Physiological action of certain drugs in tablet form - Number 52A
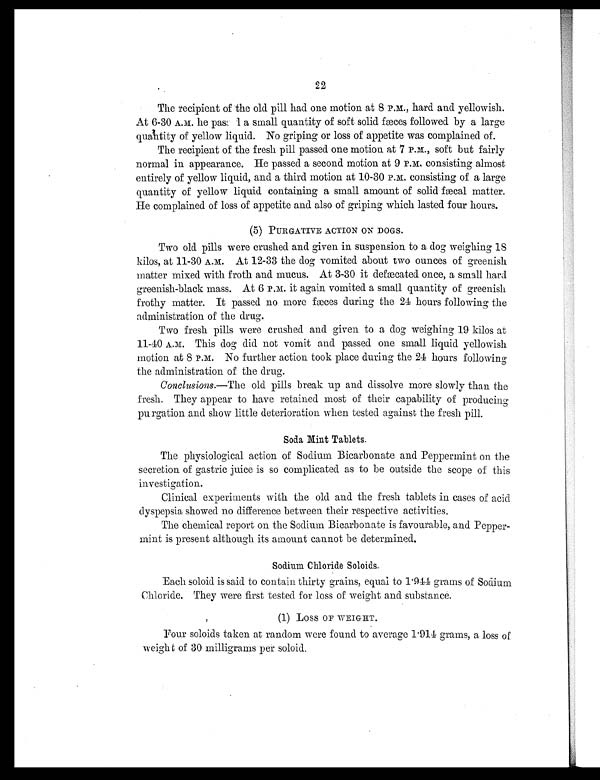
22
The recipient of the old pill had one motion at 8 Pm., hard and yellowish.
At 6-30 A.M. he passed a small quantity of soft solid fæces followed by a large
quantity of yellow liquid. No griping or loss of appetite was complained of.
The recipient of the fresh pill passed one motion at 7 P.M., soft but fairly
normal in appearance. He passed a second motion at 9 P.M. consisting almost
entirely of yellow liquid, and a third motion at 10-30 P.M. consisting of a large
quantity of yellow liquid containing a small amount of solid fæcal matter.
He complained of loss of appetite and also of griping which lasted four hours.
(5) PURGATIVE ACTION ON DOGS.
Two old pills were crushed and given in suspension to a dog weighing 18
kilos, at 11-30 A.M. At 12-33 the dog vomited about two ounces of greenish
matter mixed with froth and mucus. At 3-30 it defecated once, a small hard
greenish-black mass. At 6 P.M. it again vomited a small quantity of greenish
frothy matter. It passed no more fæces during the 24 hours following the
administration of the drug.
Two fresh pills were crushed and given to a dog weighing 19 kilos at
11-40 A.M. This dog did not vomit and passed one small liquid yellowish
motion at 8 P.M. No further action took place during the 24 hours following
the administration of the drug.
Conclusions.— The old pills break up and dissolve more slowly than the
fresh. They appear to have retained most of their capability of producing
purgation and show little deterioration when tested against the fresh pill.
Soda Mint Tablets.
The physiological action of Sodium Bicarbonate and Peppermint on the
secretion of gastric juice is so complicated as to be outside the scope of this
investigation.
Clinical experiments with the old and the fresh tablets in cases of acid
dyspepsia showed no difference between their respective activities.
The chemical report on the Sodium Bicarbonate is favourable, and Pepper-
mint is present although its amount cannot be determined.
Sodium Chloride Soloids.
Each soloid is said to contain thirty grains, equal to 1.944 grams of Sodium
Chloride. They were first tested for loss of weight and substance.
(1) Loss OF WEIGHT.
Four soloids taken at random were found to average 1.914 grams, a loss of
weigh t of 30 milligrams per soloid.